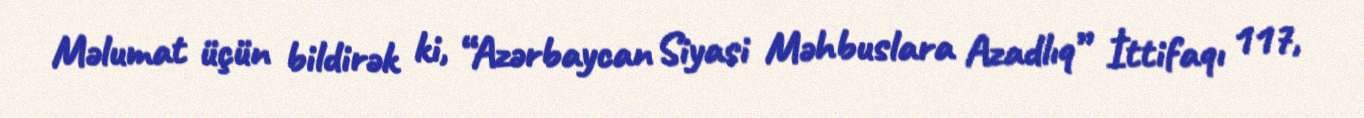
Məlumat üçün bildirək ki, “Azərbaycan Siyasi Məhbuslara Azadlıq” İttifaqı 117,